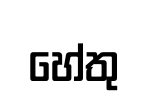
හේතු